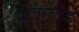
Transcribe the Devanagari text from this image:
बुटीलेटेड